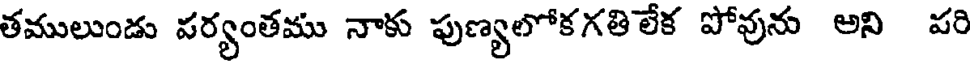
తములుండు పర్యంతము నాకు పుణ్యలోకగతిలేక పోవును అని పరి